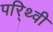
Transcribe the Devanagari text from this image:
पर्िथ्वी